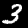
Label: 3